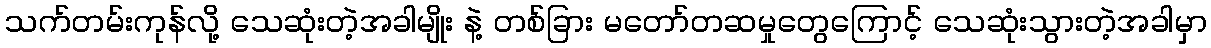
သက်တမ်းကုန်လို့ သေဆုံးတဲ့အခါမျိုး နဲ့ တစ်ခြား မတော်တဆမှုတွေကြောင့် သေဆုံးသွားတဲ့အခါမှာ